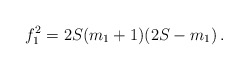
\begin{align*} f_1^2 = 2S(m_1+1)(2S-m_1) \,.\end{align*}